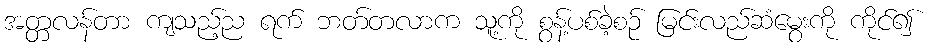
အတ္တလန်တာ ကျသည့်ည ရက် ဘတ်တလာက သူ့ကို စွန့်ပစ်ခဲ့စဉ် မြင်းလည်ဆံမွေးကို ကိုင်၍